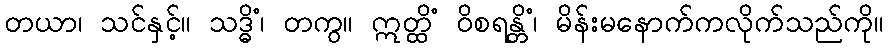
တယာ၊ သင်နှင့်။ သဒ္ဓိံ၊ တကွ။ ဣတ္ထိံ ဝိစရန္တိံ၊ မိန်းမနောက်ကလိုက်သည်ကို။